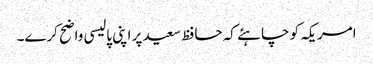
امریکہ کو چاہئے کہ حافظ سعید پر اپنی پالیسی واضح کرے۔